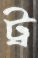
ট্র